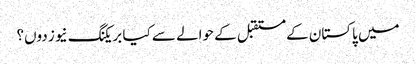
میں پاکستان کے مستقبل کے حوالے سے کیا بریکنگ نیوز دوں؟